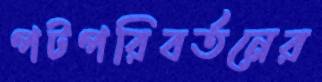
পটপরিবর্তনের